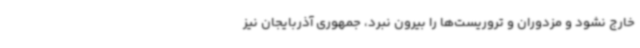
خارج نشود و مزدوران و تروریست‌ها را بیرون نبرد، جمهوری آذربایجان نیز